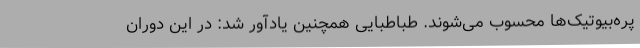
پره‌بیوتیک‌ها محسوب می‌شوند. طباطبایی همچنین یادآور شد: در این دوران